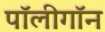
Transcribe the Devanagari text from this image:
पॉलीगॉन